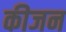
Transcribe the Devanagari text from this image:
कीजन